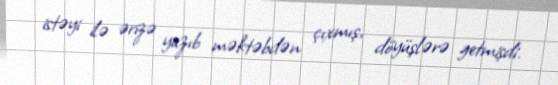
istəyi ilə ərizə yazıb məktəbdən çıxmış, döyüşlərə getmişdi.